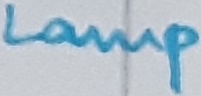
Text: Lamp